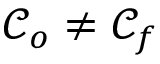
\mathcal { C } _ { o } \neq \mathcal { C } _ { f }